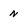
Character: N